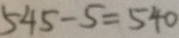
5 4 5 - 5 = 5 4 0